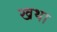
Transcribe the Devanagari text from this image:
खथा